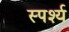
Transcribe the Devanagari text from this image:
स्पर्श्य